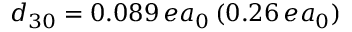
d _ { 3 0 } = 0 . 0 8 9 \, e a _ { 0 } \, ( 0 . 2 6 \, e a _ { 0 } )